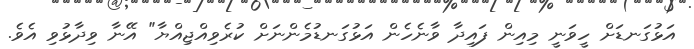
އަޅުގަނޑަށް ހީވަނީ މިއިން ފައިދާ ވާނެހެން އަޅުގަނޑުމެންނަށް ކުރެވިއްޖިއްޔާ" އޭނާ ވިދާޅުވި އެވެ.